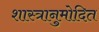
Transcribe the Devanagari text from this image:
शास्त्रानुमोदित